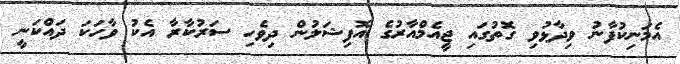
އެމަނިކުފާނު ވިދާޅުވި ގޮތުގައި ޖީއެމްއާރުގެ އޮފިޝަލުން ދިވެހި ސަރުކާރާ އެކު ވާހަކަ ދައްކަނީ